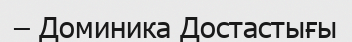
– Доминика Достастығы